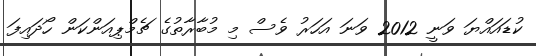
ކުޑައައްޔަ ވަނީ 2012 ވަނަ އަހަރު ވެސް މި މުބާރާތުގެ ޗެމްޕިއަންކަން ހޯދައިފަ